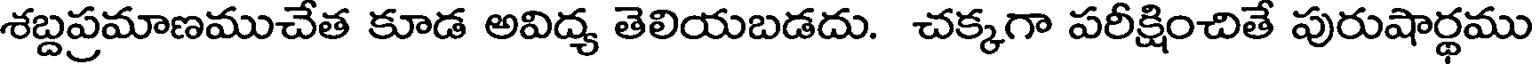
శబ్దప్రమాణముచేత కూడ అవిద్య తెలియబడదు. చక్కగా పరీక్షించితే పురుషార్థము